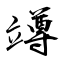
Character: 竴